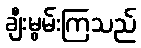
ချီးမွမ်းကြသည်